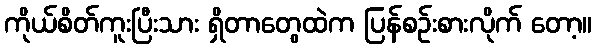
ကိုယ်စိတ်ကူးပြီးသား ရှိတာတွေထဲက ပြန်စဉ်းစားလိုက် တော့။